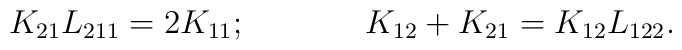
K_{21}L_{211}=2K_{11};\hspace{1.5cm}K_{12}+K_{21}=K_{12}L_{122}.